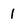
Character: 1